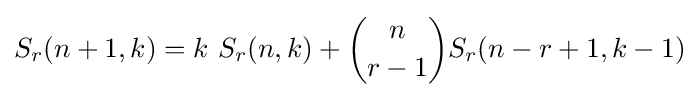
S_{r}(n+1,k)=k\ S_{r}(n,k)+{\binom {n}{r-1}}S_{r}(n-r+1,k-1)